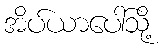
အိပ်ယာပေါ်သို့